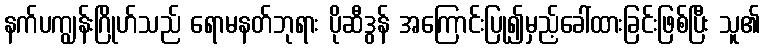
နက်ပကျွန်းဂြိုဟ်သည် ရောမနတ်ဘုရား ပိုဆီဒွန် အကြောင်းပြု၍မှည့်ခေါ်ထားခြင်းဖြစ်ပြီး သူ၏